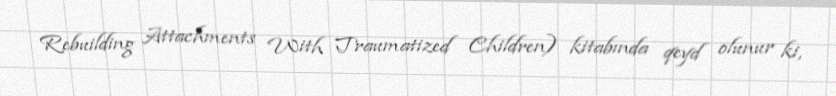
Rebuilding Attachments With Traumatized Children) kitabında qeyd olunur ki,